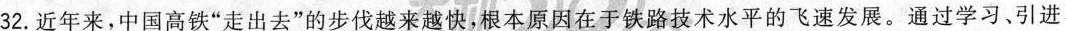
32.近年来，中国高铁”走出去”的步伐越来越快，根本原因在于铁路技术水平的飞速发展。通过学习、引进、